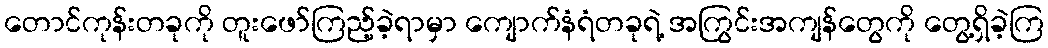
တောင်ကုန်းတခုကို တူးဖော်ကြည့်ခဲ့ရာမှာ ကျောက်နံရံတခုရဲ့ အကြွင်းအကျန်တွေကို တွေ့ရှိခဲ့ကြ